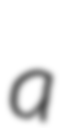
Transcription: a